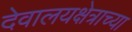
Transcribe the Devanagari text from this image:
देवालयक्षेत्राच्या